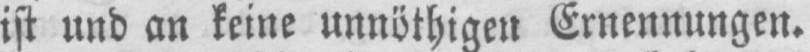
ist und an keine unnöthigen Ernennungen.